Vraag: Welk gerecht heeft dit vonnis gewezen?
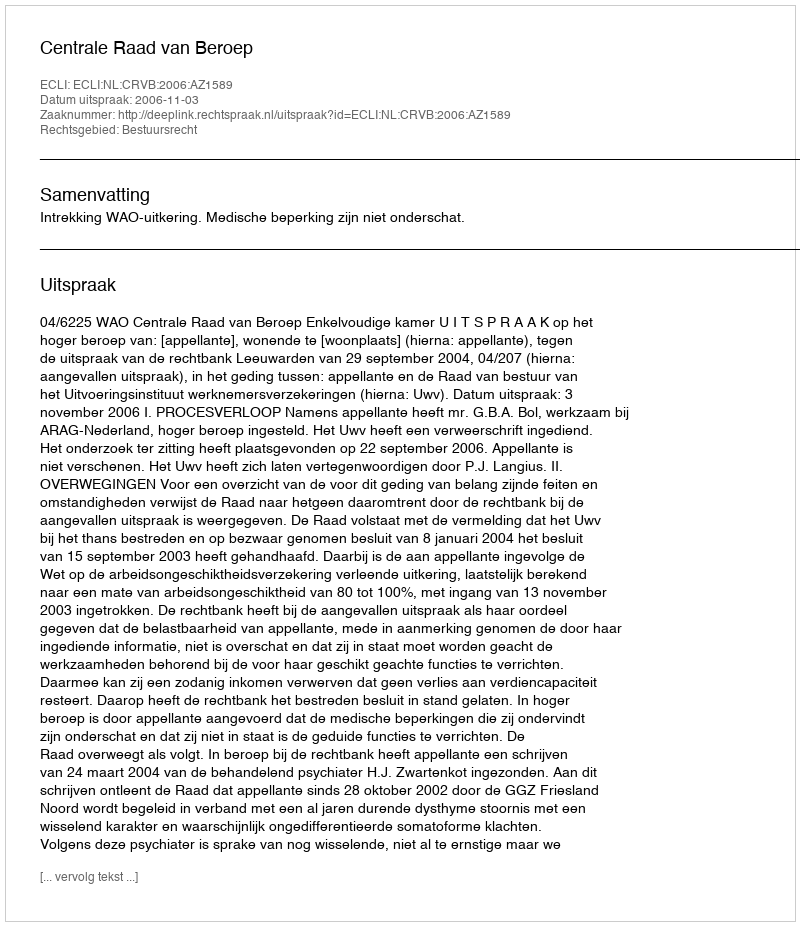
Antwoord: Centrale Raad van Beroep